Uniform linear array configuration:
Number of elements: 12
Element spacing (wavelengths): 0.25
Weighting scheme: hann
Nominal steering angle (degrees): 30
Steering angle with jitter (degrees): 28.438
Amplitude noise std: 0.05
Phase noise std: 0.05

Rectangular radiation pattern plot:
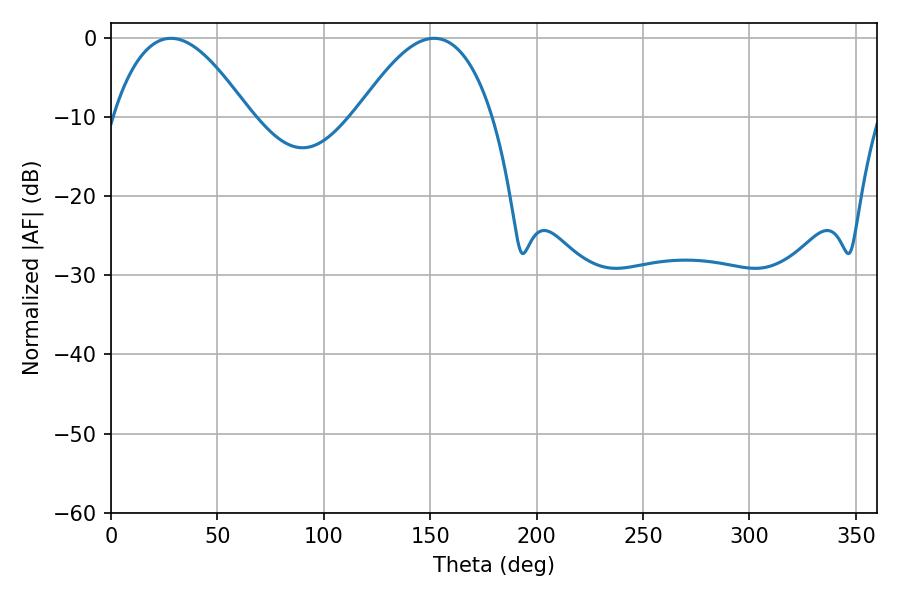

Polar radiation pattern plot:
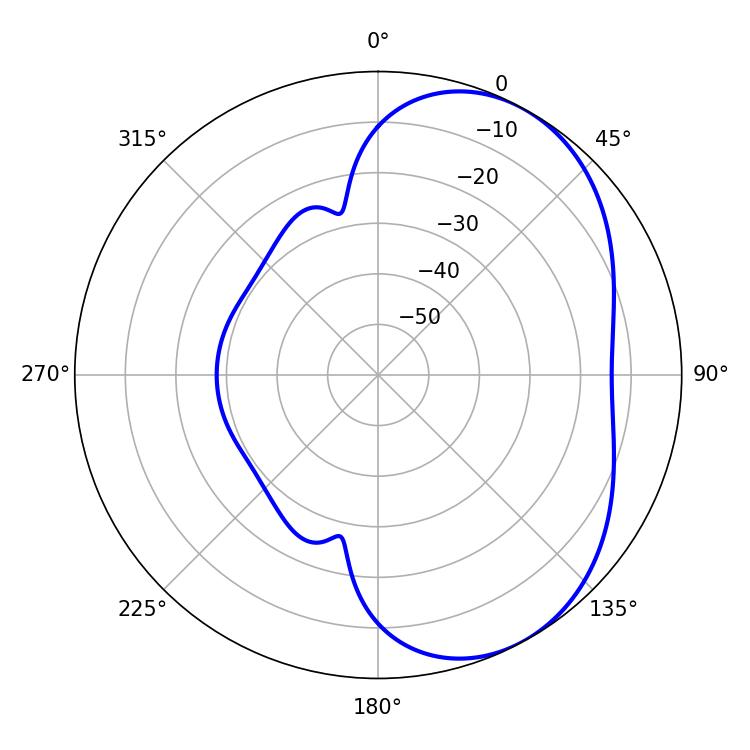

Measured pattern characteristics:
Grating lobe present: FALSE
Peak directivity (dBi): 4.632
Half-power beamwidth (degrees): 34.92
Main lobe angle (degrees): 28.26